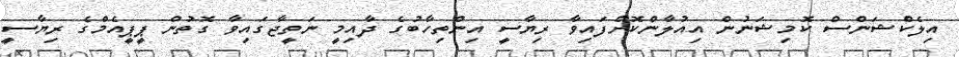
އިލެކްޝަންސް ކޮމިޝަނުން އިއުލާންކޮށްފައިވާ ރިޔާސީ އިންތިހާބުގެ ދާއިމީ ނަތީޖާގައިވާ ގޮތުން ޕީޕީއެމްގެ ރިޔާސީ